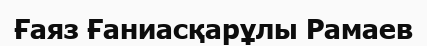
Ғаяз Ғаниасқарұлы Рамаев